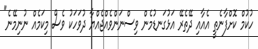
ހުކުމް ކޮށްފާނެތީ އެއާއި ދޭތެރޭ އަޅުގަނޑުމެން ވިސްނަންވެއްޖެއްޔާ ދުވަހަކު ވެސް މިކަމެއް ނުނިމޭނެ"